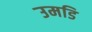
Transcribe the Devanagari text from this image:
उमडि